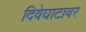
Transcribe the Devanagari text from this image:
दिवेघाटावर